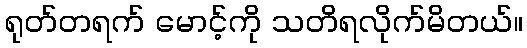
ရုတ်တရက် မောင့်ကို သတိရလိုက်မိတယ်။